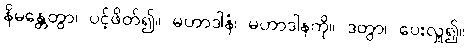
နိမန္တေတွာ၊ ပင့်ဖိတ်၍။ မဟာဒါနံ၊ မဟာဒါနကို။ ဒတွာ၊ ပေးလှူ၍။